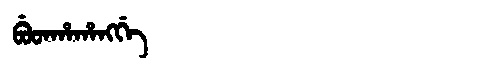
Manchu: ᠪᡠᡨᡥᠠᡥᠠᠩᡤᡝ
Romanization: BUTHAHANGGE